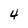
Character: 4